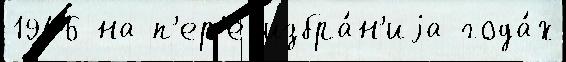
1946 на п'ер'еjизбра́н'иjа года́х